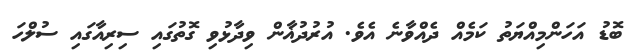
ބޮޑު އަހަންމިއްޔަތު ކަމެއް ދެއްވާނެ އެވެ. އުރުދުޣާން ވިދާޅުވި ގޮތުގައި ސިރިއާގައި ސުލްހަ